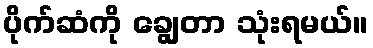
ပိုက်ဆံကို ချွေတာ သုံးရမယ်။